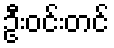
ဦးဝင်းတင်